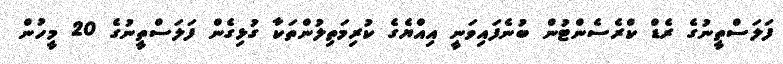
ފަލަސްތީނުގެ ރެޑް ކްރެސެންޓުން ބުނެފައިވަނީ އިއްޔެގެ ކުރިމަތިލުންތަކާ ގުޅިގެން ފަލަސްތީނުގެ 20 މީހުން